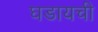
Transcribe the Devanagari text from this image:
घडायची